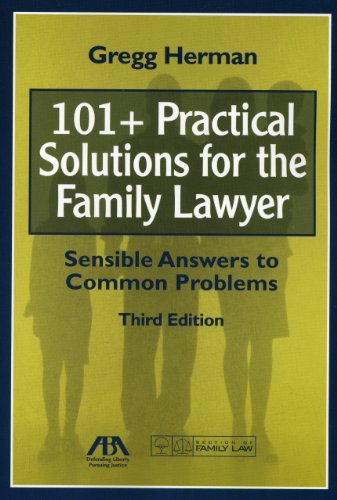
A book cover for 101+ Practical Solutions for the Family Lawyer: Sensible Answers to Common Problems; Gregg Herman; Law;